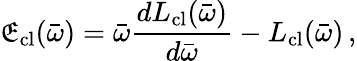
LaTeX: \mathfrak{E}_{\mathrm{{cl}}}(\bar{{\omega}})=\bar{{\omega}}\frac{{dL_{\mathrm{{cl}}}(\bar{{\omega}})}}{{d\bar{{\omega}}}}-L_{\mathrm{{cl}}}(\bar{{\omega}})\, ,